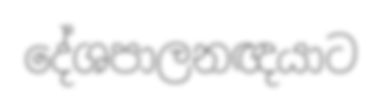
දේශපාලනඥයාට